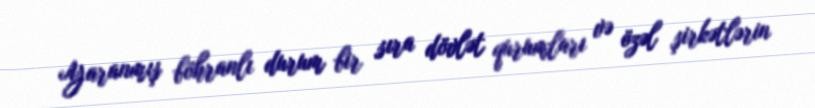
Yaranmış böhranlı durum bir sıra dövlət qurumları və özəl şirkətlərin